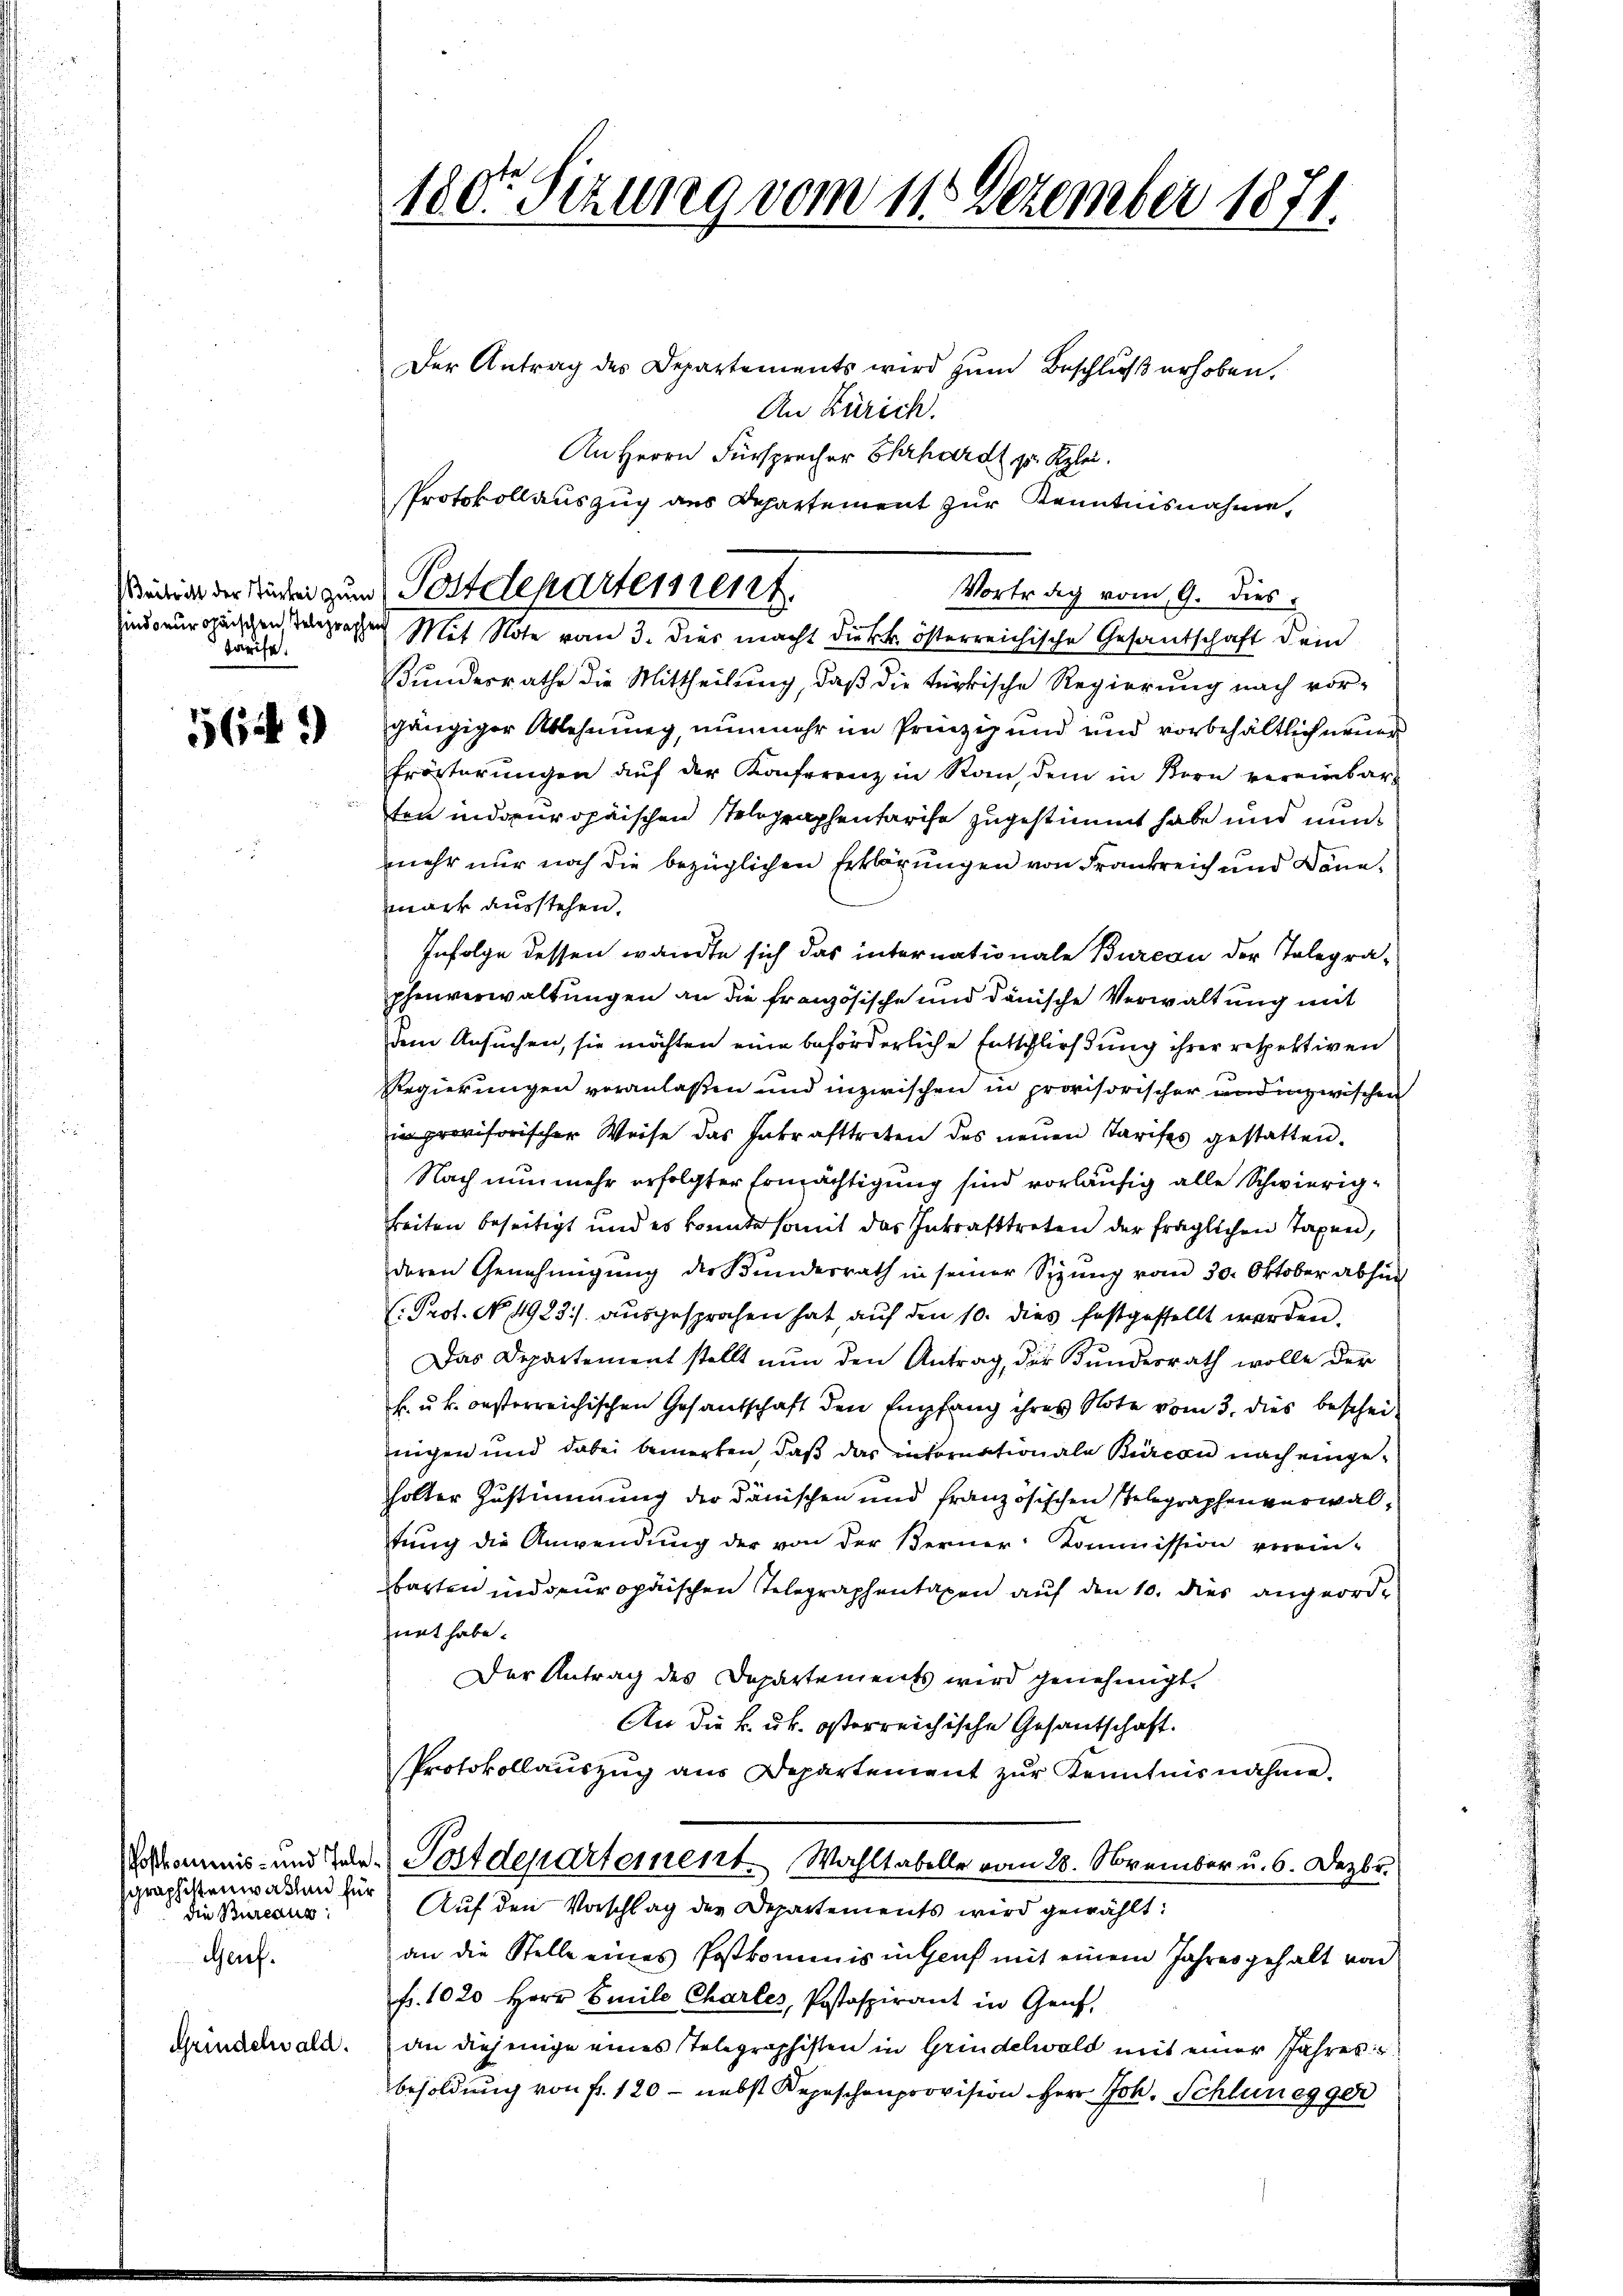
barife.

564)

graphistenwalten für
die Bureaus
Gauf.
Grindelwald.

Der Antrag des Departements wird zŭm Beschluß erhoben.
An Zürich.
An Herrn Fürsprecher Ehrhardt zu Klei
Vortrag vom 9. dies
Bundesrathe die Mittheilung, daß die türkische Regierung nach vorgängiger Ablehnung, nunmehr im Prinzip und und vorbehältlich neuen
frösterungen auf der Konferenz in Rau, dem in Bern vereinbarten indoeuropäischen Telegraphentarise zugestimmt habe und nunmehr nur noch die bezüglichen Erklärungen von Frankreich und Donamack ausstehen.
Infolge dessen wandte sich das internationale Bureau der Telegraphenverwaltungen an die französische und dänische Verwaltung mit
dem Ansuchen, sie möchten eine beförderliche Entschließung ihrer respektiven
Regierungen veranlaßen und inzwischen in provisorischer und inzwischen
in provisorischer Weise das Inkrafttreten des neŭen Tarifes gestatten.
Nach nunmehr erfolgter Ermächtigung sind vorläufig alle Schwierigkeiten beseitigt und es konnte somit das Inkrafttreten der fraglichen Taxen,
deren Genehmigŭng der Bundesrath in seiner Sizŭng vom 30. Oktober abhi
: Prot. No. 4983./. ausgesprochen hat, auf den 10. dies festgestellt werden.
Das Departement stellt nun den Antrag, der Bundesrath wolle der
k. u. k. oesterreichischen Gesandschaft den Empfang ihres Note vom 3. dies bescheinichen und dabei bemerken, daß das infornationale Büreau nach eingeholter Zustimmung der dänischen und französischen Gelegraphenverwaltung die Anwendung der von der Berner Kommission verein-
barten indeuropäischen Telegraphentaxen auf den 10. dies angeordnet habe.
Der Antrag des Departements wird genehmigt.
An die k. k. österreichische Gesantschaft.
Protokollaŭszŭg aŭs Departement zŭr Kenntnisnahme.
Vorkommis- und Tale Postdepartement. Wahltabelle vom 28. November u. 6. Dezbr.
Auf den Vorschlag der Departements wird gewählt:
an die Stelle eines Postkommnis in Genf mit einem Jahres gehalt von
fr. 1020 Herr Emile Chartes, Postaspirant in Genf,
an diejenige eines Telegraphisten in Grindelwald mit einer Jahres
besoldung von fr. 120 - nebst Depeschenprovision Herr Joh. Schlunegger

180te Sitzung vom 11. Dezember 1871.

Protokollauszug aus Departement zur Kenntnisnahme,
Wenig der Studen zum Postdepartement.
indoeuropäischen Wegrechen Mit Note vom 3. Dies macht die kk. österreichische Gesandschaft dem